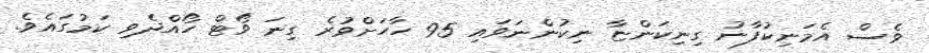
ވެސް އެމަނިކުފާނު ގިނިކަންޏާ ނިކުންނަވައި 95 ހާހަށްވުރެ ގިނަ ވޯޓް ހޯއްދެވި ކަމުގައެވެ.